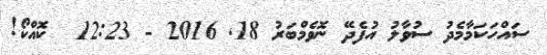
ސައްހަކަމާމެދު ސުވާލު އުފެދޭ ނޮވެމްބަރު 18